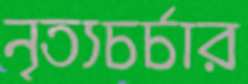
নৃত্যচর্চার